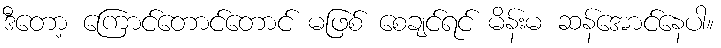
ဒီတော့ ကြောင်တောင်တောင် မဖြစ် စေချင်ရင် မိန်းမ ဆန်အောင်နေပါ။